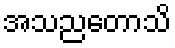
အသညတောသိ